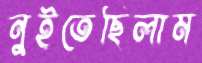
নুইতেছিলাম